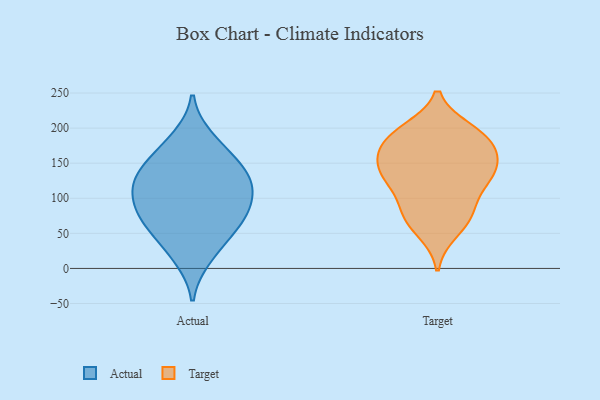
{"axis": {"x": "Humidity (%)", "y": "Value"}, "legend": ["Actual", "Target"], "data": [{"x": "", "y": 16, "type": "Actual"}, {"x": "", "y": 149, "type": "Actual"}, {"x": "", "y": 118, "type": "Actual"}, {"x": "", "y": 163, "type": "Actual"}, {"x": "", "y": 69, "type": "Actual"}, {"x": "", "y": 83, "type": "Actual"}, {"x": "", "y": 123, "type": "Actual"}, {"x": "", "y": 115, "type": "Actual"}, {"x": "", "y": 67, "type": "Actual"}, {"x": "", "y": 39, "type": "Actual"}, {"x": "", "y": 129, "type": "Actual"}, {"x": "", "y": 83, "type": "Actual"}, {"x": "", "y": 185, "type": "Actual"}, {"x": "", "y": 196, "type": "Target"}, {"x": "", "y": 115, "type": "Target"}, {"x": "", "y": 131, "type": "Target"}, {"x": "", "y": 191, "type": "Target"}, {"x": "", "y": 152, "type": "Target"}, {"x": "", "y": 187, "type": "Target"}, {"x": "", "y": 149, "type": "Target"}, {"x": "", "y": 75, "type": "Target"}, {"x": "", "y": 178, "type": "Target"}, {"x": "", "y": 136, "type": "Target"}, {"x": "", "y": 76, "type": "Target"}, {"x": "", "y": 151, "type": "Target"}, {"x": "", "y": 183, "type": "Target"}, {"x": "", "y": 53, "type": "Target"}, {"x": "", "y": 124, "type": "Target"}, {"x": "", "y": 80, "type": "Target"}]}